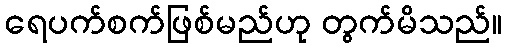
ရေပက်စက်ဖြစ်မည်ဟု တွက်မိသည်။